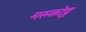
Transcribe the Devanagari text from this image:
मरुकोट्ट